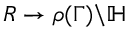
R \to \rho ( \Gamma ) \backslash \mathbb { H }